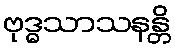
ဗုဒ္ဓသာသနန္တိ